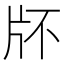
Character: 𤖯